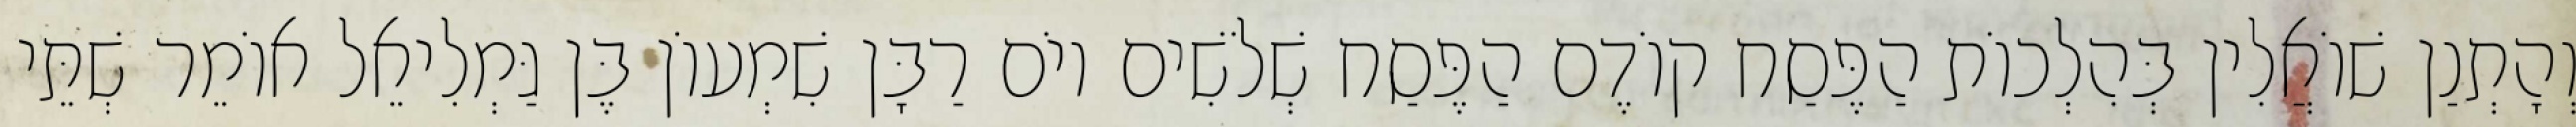
וְהָתְנַן שׁוֹאֲלִין בְּהִלְכוֹת הַפֶּסַח קוֹדֶם הַפֶּסַח שְׁלֹשִׁים יוֹם רַבָּן שִׁמְעוֹן בֶּן גַּמְלִיאֵל אוֹמֵר שְׁתֵּי